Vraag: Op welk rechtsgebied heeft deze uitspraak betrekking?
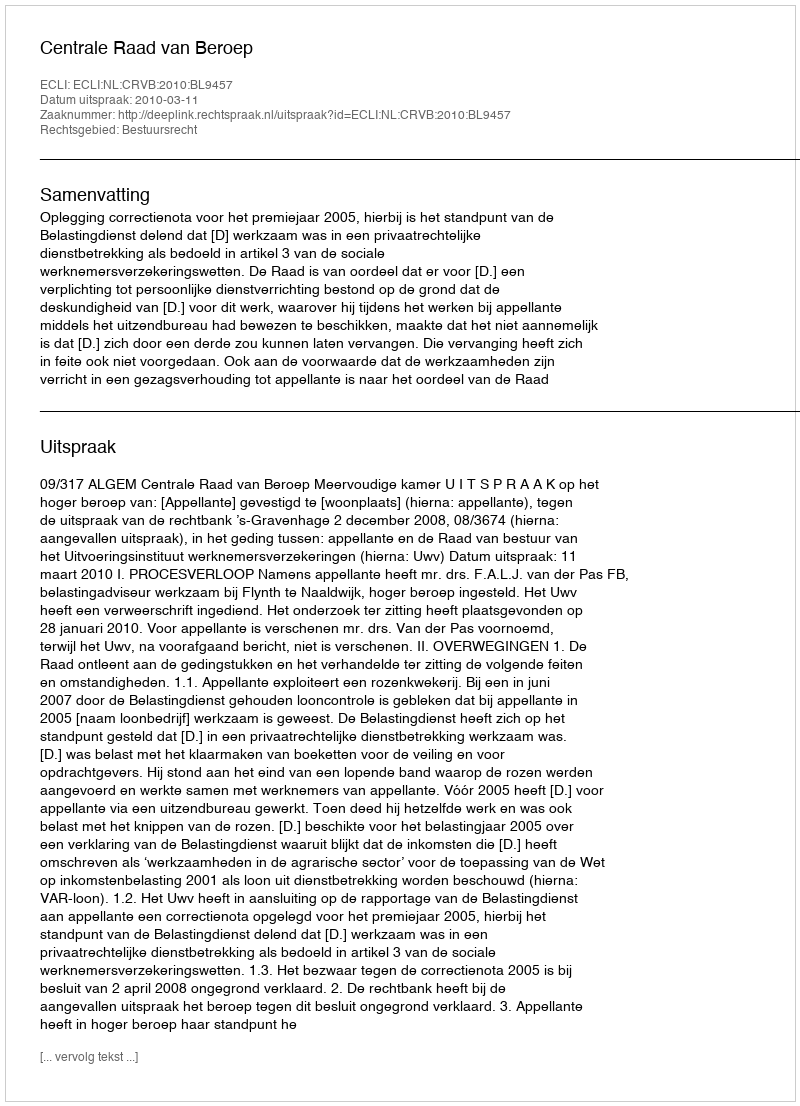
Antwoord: Bestuursrecht